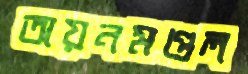
অয়নমণ্ডল